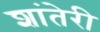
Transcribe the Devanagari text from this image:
शांतेरी